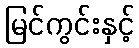
မြင်ကွင်းနှင့်